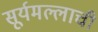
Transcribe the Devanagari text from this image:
सूर्यमल्लाची